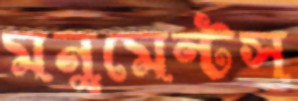
মনুমেন্টস